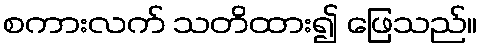
စကားလက် သတိထား၍ ဖြေသည်။